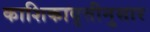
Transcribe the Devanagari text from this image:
काशिकावृत्तीनुसार